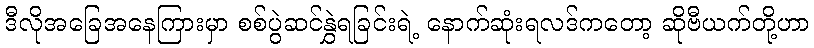
ဒီလိုအခြေအနေကြားမှာ စစ်ပွဲဆင်နွှဲရခြင်းရဲ့ နောက်ဆုံးရလဒ်ကတော့ ဆိုဗီယက်တို့ဟာ